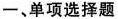
一、单项选择题